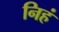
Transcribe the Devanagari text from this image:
निहं